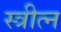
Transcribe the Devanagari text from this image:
स्त्रीत्न